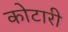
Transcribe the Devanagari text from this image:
कोटारी